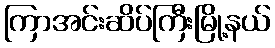
ကြာအင်းဆိပ်ကြီးမြို့နယ်